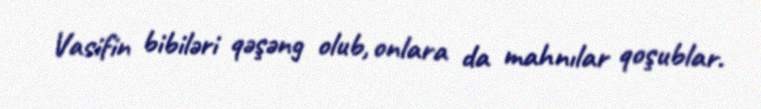
Vasifin bibiləri qəşəng olub, onlara da mahnılar qoşublar.